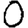
Digit: 0